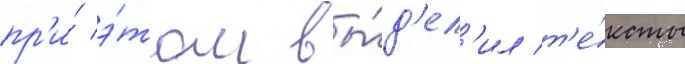
пр'и́ э́том вы́д'ел'ил т'е́ксты